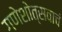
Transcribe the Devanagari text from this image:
गणेशोत्सवाचं